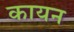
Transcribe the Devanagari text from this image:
कायन